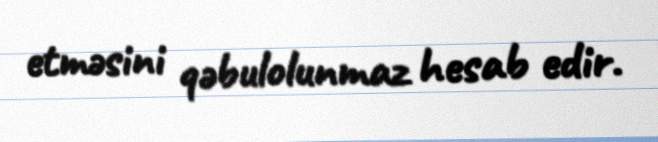
etməsini qəbulolunmaz hesab edir.